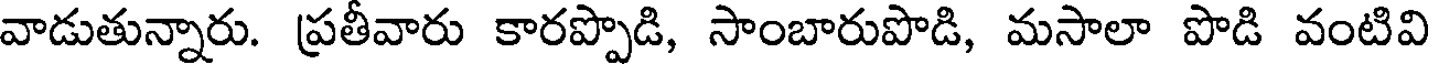
వాడుతున్నారు. ప్రతీవారు కారప్పొడి, సాంబారుపొడి, మసాలా పొడి వంటివి